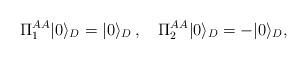
LaTeX: \begin{align*}\Pi_1^{AA}| 0 \rangle_D= |0 \rangle_D\,,\quad\Pi_2^{AA}|0\rangle_D = -|0\rangle_D, \quad \end{align*}